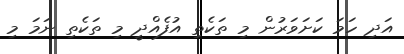
އަދި ހަމަ ކަށަވަރުން މި ތަކެތި އުފެއްދީ މި ތަކެތި ނަމަ މި